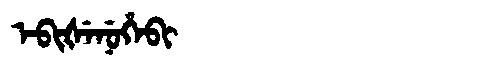
Manchu: ᡝᠪᡳᡧᡝᠨᡠᡥᡝᠪᡳ
Romanization: EBIŠENUHEBI